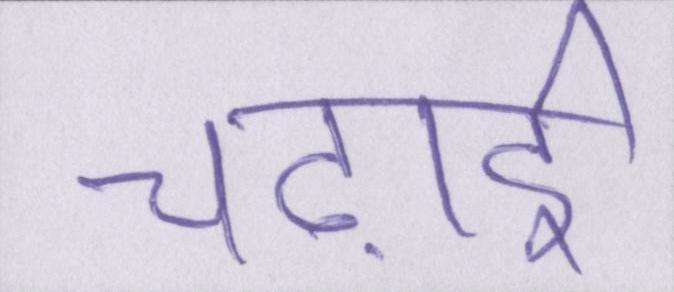
चढ़ाई